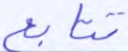
تتابع